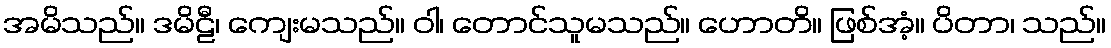
အမိသည်။ ဒမိဠီ၊ ကျေးမသည်။ ဝါ၊ တောင်သူမသည်။ ဟောတိ။ ဖြစ်အံ့။ ပိတာ၊ သည်။